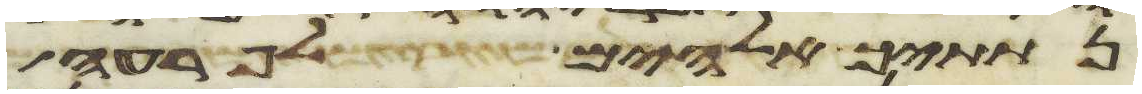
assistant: נתתיך אלהים לפרעה